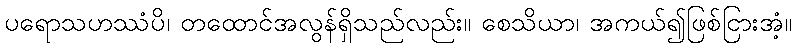
ပရောသဟဿံပိ၊ တထောင်အလွန်ရှိသည်လည်း။ စေသိယာ၊ အကယ်၍ဖြစ်ငြားအံ့။